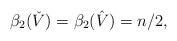
LaTeX: \begin{align*} \beta_2( \check V ) = \beta_2( \hat V ) = n/2,\end{align*}